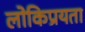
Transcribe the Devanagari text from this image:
लोकिप्रयता